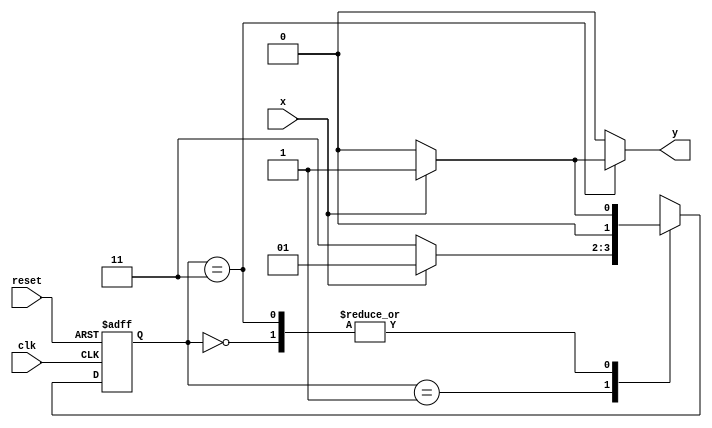
// Exemplo0052 - Maquinas de estados finitos
// Nome: Tiago Moreira

//-----------
// Mealy FSM
//-----------
/* 
							Mealy FSM Diagram 
		  				 ____________
		 				/				 \ 
	  			1 	  v 		0 		 1| // found 
	[start] ---> [id1] ---> [id10]
		^ \0 		  ^ \1 		    0| // not found 
		\_/ 		  \_/	 			  |
		 \ 							 / 
		  \_____________________/ 
*/ 

//constant definitions
`define found		1
`define notfound	0

//FSM by Mealy
module mealy101(y,x,clk,reset);
	output y;
	input x;
	input clk;
	input reset;
	
	reg y;
	
	parameter	//state identifiers
		start = 2'b00,
		id1 = 2'b01,
		id10 = 2'b11;
		
		reg [1:0] E1;	//current state variables
		reg [1:0] E2;	//next state logic output
		
		//next state logic
		always @ (x or E1)
			begin
				y = `notfound;
				
				case (E1)
					start:
						if (x)
							E2 = id1;
						else
							E2 = start;
					id1:
						if (x)
							E2 = id1;
						else
							E2 = id10;
					id10:
						if (x)
							begin
								E2 = id1;
								y = `found;
							end
						else
							begin
								E2 = start;
								y = `notfound;
							end
					default:		//undefined state
						E2 = 2'bxx;
				endcase
			end //always at signal or state changing
			
		//state variables
			always @ (posedge clk or negedge reset)
				begin
					if (reset)
						E1 = E2;	//updates current state
					else
						E1 = start;	//reset
				end //always at signal changing
				
endmodule //mealy101

// -----------
//	Test Mealy
// -----------
module testMealy101;
	reg x,reset,clk;
	wire y;
	
	mealy101 m1(y,x,clk,reset);
	
	initial
		begin
			x = 1'b1;
			reset = 1'b1;
			clk = 1'b0;
		end
	
	initial
		begin
		
		$display("Mealy101\nNome: Tiago Moreira\nMatricula: 438948");
		
		$display("Clk  Rst  x  y");
		#2 x = 1'b0;
		#2 x = 1'b1;
		#4 $finish;
		end
		
	always
		#1 clk = ~clk;
	
	always @(posedge clk)
		begin
			$display("%d	%b  %b  %b",$time,reset,x,y);
		end

endmodule //testMealy

/* -- Documentacao complementar
 
 		Historico
 Nome						Data				Modificacao
 Mealy1101			30/09/2011		FSM by Mealy
 Moore1101			30/09/2011		FSM by Moore
 Exemplo0051		30/09/2011		FSM by Mealy and Moore
 Exemplo0052		01/10/2011		FSM by Mealy - sequencia 101 com intersecao


			Testes e Resultados

 Mealy1101
 	*obs: nao conseguir fazer o programa identificar 1101, por isso,
			nao pude realizar mais testes
			
 Moore1101
 	*obs: nao conseguir fazer o programa identificar 1101, por isso,
			nao pude realizar mais testes
			
 Exemplo0051
 	Mealy conseguiu identificar a entrada 1101, mas a saida final da FSM de Moore foi x.
	
 Exemplo0052
 	*obs: nao conseguir fazer o programa identificar 101, por isso,
			nao pude realizar mais testes
*/